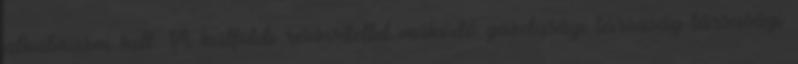
alkalmazni kell. A külföldi részvétellel működő gazdasági társaság társasági